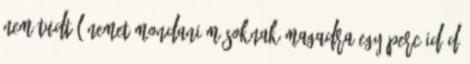
nem tudtál nemet mondani másoknak magadra egy perc időd